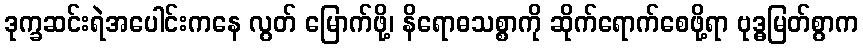
ဒုက္ခဆင်းရဲအပေါင်းကနေ လွတ် မြောက်ဖို့၊ နိရောဓသစ္စာကို ဆိုက်ရောက်စေဖို့ရာ ဗုဒ္ဓမြတ်စွာက